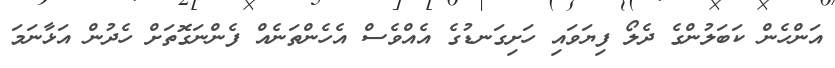
އަންހެން ކަބަލުންގެ ދެލޯ ފިޔަވައި ހަށިގަނޑުގެ އެއްވެސް އެހެންތަނެއް ފެންނަގޮތަށް ހެދުން އަޅާނަމަ